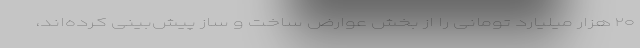
۲۰ هزار میلیارد تومانی را از بخش عوارض ساخت و ساز پیش‌بینی کرده‌اند،